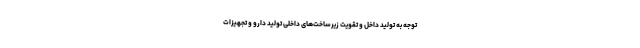
توجه به تولید داخل و تقویت زیرساخت‌های داخلی تولید دارو و تجهیزات